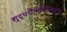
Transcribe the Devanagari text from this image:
शुद्धचैलाभिसंवृतम्।